Lunatic asylums in Bengal annual reports 1912-1924 - 1912-1924
Year: 1912
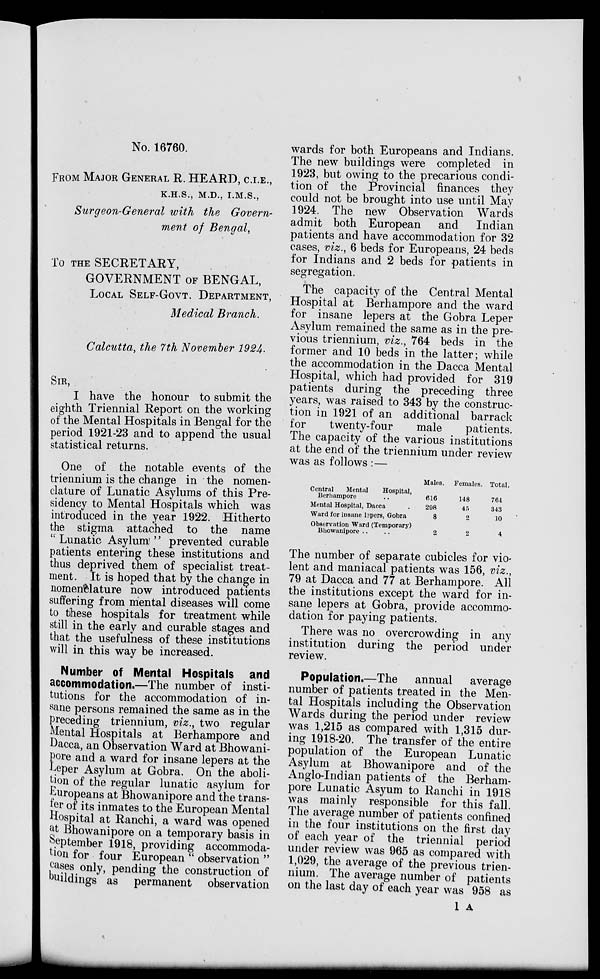
No. 16760.
FROM MAJOR GENERAL R. HEARD, C.I.E.,
K.H.S., M.D., I.M.S.,
Surgeon-General with the Govern-
ment of Bengal,
To THE SECRETARY,
GOVERNMENT OF BENGAL,
LOCAL SELF-GOVT. DEPARTMENT,
Medical Branch.
Calcutta, the 7th November 1924.
SIR,
I have the honour to submit the
eighth Triennial Report on the working
of the Mental Hospitals in Bengal for the
period 1921-23 and to append the usual
statistical returns.
One of the notable events of the
triennium is the change in the nomen-
clature of Lunatic Asylums of this Pre-
sidency to Mental Hospitals which was
introduced in the year 1922. Hitherto
the stigma attached to the name
" Lunatic Asylum" prevented curable
patients entering these institutions and
thus deprived them of specialist treat-
ment. It is hoped that by the change in
nomenclature now introduced patients
suffering from mental diseases will come
to these hospitals for treatment while
still in the early and curable stages and
that the usefulness of these institutions
will in this way be increased.
Number of Mental Hospitals and
accommodation.—The number of insti-
tutions for the accommodation of in-
sane persons remained the same as in the
preceding triennium, viz., two regular
Mental Hospitals at Berhampore and
Dacca, an Observation Ward at Bhowani-
pore and a ward for insane lepers at the
Leper Asylum at Gobra. On the aboli-
tion of the regular lunatic asylum for
Europeans at Bhowanipore and the trans-
fer of its inmates to the European Mental
Hospital at Ranchi, a ward was opened
at Bhowanipore on a temporary basis in
September 1918, providing accommoda-
tion for four European " observation "
cases only, pending the construction of
buildings as permanent
observation
wards for both Europeans and Indians.
The new buildings were completed in
1923, but owing to the precarious condi-
tion of the Provincial finances they
could not be brought into use until May
1924. The new Observation Wards
admit both European
and
Indian
patients and have accommodation for 32
cases, viz., 6 beds for Europeans, 24 beds
for Indians and 2 beds for patients in
segregation.
The capacity of the Central Mental
Hospital at Berhampore and the ward
for insane lepers at the Gobra Leper
Asylum remained the same as in the pre-
vious triennium, viz., 764 beds in the
former and 10 beds in the latter; while
the accommodation in the Dacca Mental
Hospital, which had provided for 319
patients during the preceding three
years, was raised to 343 by the construc-
tion in 1921 of an additional barrack
for
twenty-four
male
patients.
The capacity of the various institutions
at the end of the triennium under review
was as follows :—
Central
Mental
Hospital,
Berhampore ..
Mental Hospital, Dacca
Ward for insane hpers, Gobra
Observation Ward (Temporary)
Bhowanipore ..
Males.
616
298
8
2
Females.
148
45
2
2
Total.
764
343
10
4
The number of separate cubicles for vio-
lent and maniacal patients was 156, viz.,
79 at Dacca and 77 at Berhampore. All
the institutions except the ward for in-
sane lepers at Gobra, provide accommo-
dation for paying patients.
There was no overcrowding in any
institution during the period under
review.
Population.—The
annual
average
number of patients treated in the Men-
tal Hospitals including the Observation
Wards during the period under review
was 1,215 as compared with 1,315 dur-
ing 1918-20. The transfer of the entire
population of the European Lunatic
Asylum at Bhowanipore and of the
Anglo-Indian patients of the Berham-
pore Lunatic Asyum to Ranchi in 1918
was mainly responsible for this fall.
The average number of patients confined
in the four institutions on the first day
of each year of the triennial period
under review was 965 as compared with
1,029, the average of the previous trien-
nium. The average number of patients
on the last day of each year was 958 as
1 A